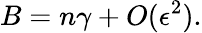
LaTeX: B=n\gamma+O(\epsilon^{2}).